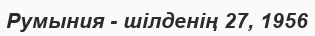
Румыния - шілденің 27, 1956